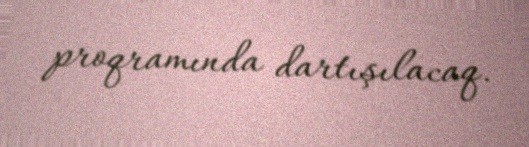
proqramında dartışılacaq.